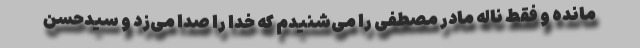
مانده و فقط ناله مادر مصطفی را می‌شنیدم که خدا را صدا می‌زد و سیدحسن